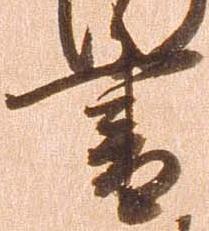
書